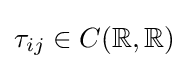
\tau _{ij}\in C(\mathbb {R} ,\mathbb {R} )